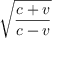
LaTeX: \sqrt { \frac { c + v } { c - v } }